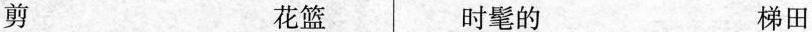
剪 花篮 时髦的 梯田